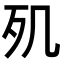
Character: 𣦽